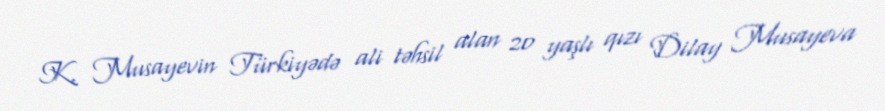
K. Musayevin Türkiyədə ali təhsil alan 20 yaşlı qızı Dilay Musayeva